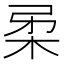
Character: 𭩲